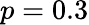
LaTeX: p=0.3